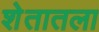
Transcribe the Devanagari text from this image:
शेतातला